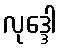
လုဒ္ဒေါ